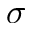
\sigma